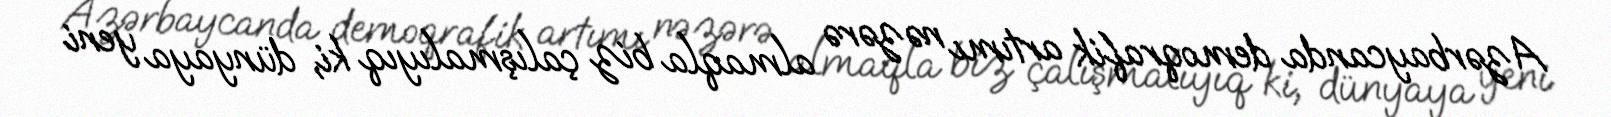
Azərbaycanda demoqrafik artımı nəzərə almaqla biz çalışmalıyıq ki, dünyaya yeni